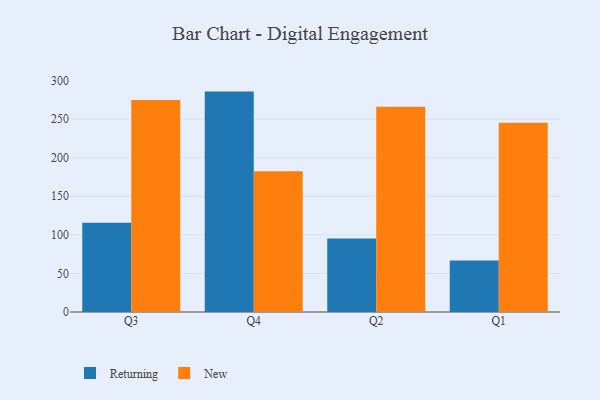
{"axis": {"x": "Quarter", "y": "Backlog"}, "legend": ["New", "Returning"], "data": [{"x": "Q3", "y": 115.7, "type": "Returning"}, {"x": "Q3", "y": 274.7, "type": "New"}, {"x": "Q4", "y": 285.7, "type": "Returning"}, {"x": "Q4", "y": 182.4, "type": "New"}, {"x": "Q2", "y": 95.4, "type": "Returning"}, {"x": "Q2", "y": 266.0, "type": "New"}, {"x": "Q1", "y": 66.8, "type": "Returning"}, {"x": "Q1", "y": 245.3, "type": "New"}]}